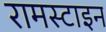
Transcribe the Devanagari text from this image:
रामस्टाइन